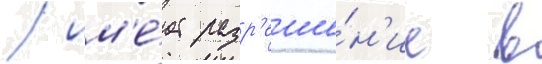
/ им'е́ет разр'еше́н'ие в